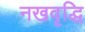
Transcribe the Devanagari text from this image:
नखवृद्धि